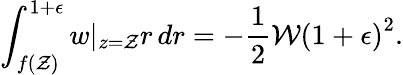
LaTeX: \int_{f(\mathcal{Z})}^{1+\epsilon}w|_{z=\mathcal{Z}}r\, dr=-\frac{1}{2}\mathcal{W}\left(1+\epsilon\right)^{2}.